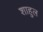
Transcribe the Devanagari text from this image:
शाहुल